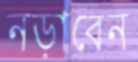
নড়াবেন